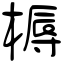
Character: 槈